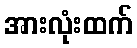
အားလုံးထက်